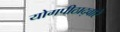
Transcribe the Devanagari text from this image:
योगपीठाद्वारे